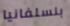
بنسلفانيا